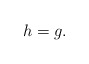
\begin{align*}h = g_{}. \end{align*}